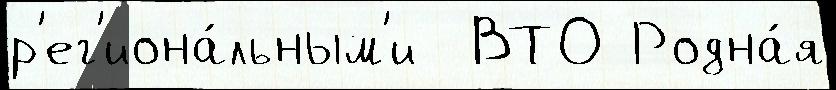
р'ег'иона́льным'и  ВТО Родна́я